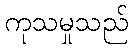
ကုသမှုသည်